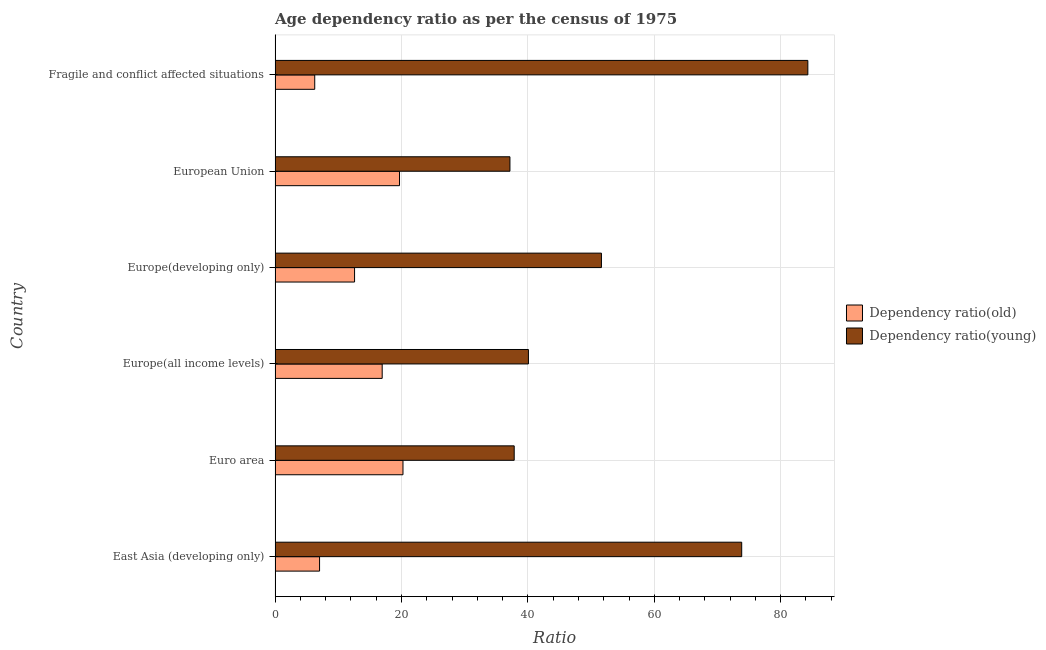
| Country | Dependency ratio(old) | Dependency ratio(young) |
 | --- | --- | --- |
 | East Asia (developing only) | 7.04 | 73.8 |
 | Euro area | 20.2 | 37.8 |
 | Europe(all income levels) | 16.9 | 40.1 |
 | Europe(developing only) | 12.6 | 51.6 |
 | European Union | 19.7 | 37.2 |
 | Fragile and conflict affected situations | 6.27 | 84.3 |